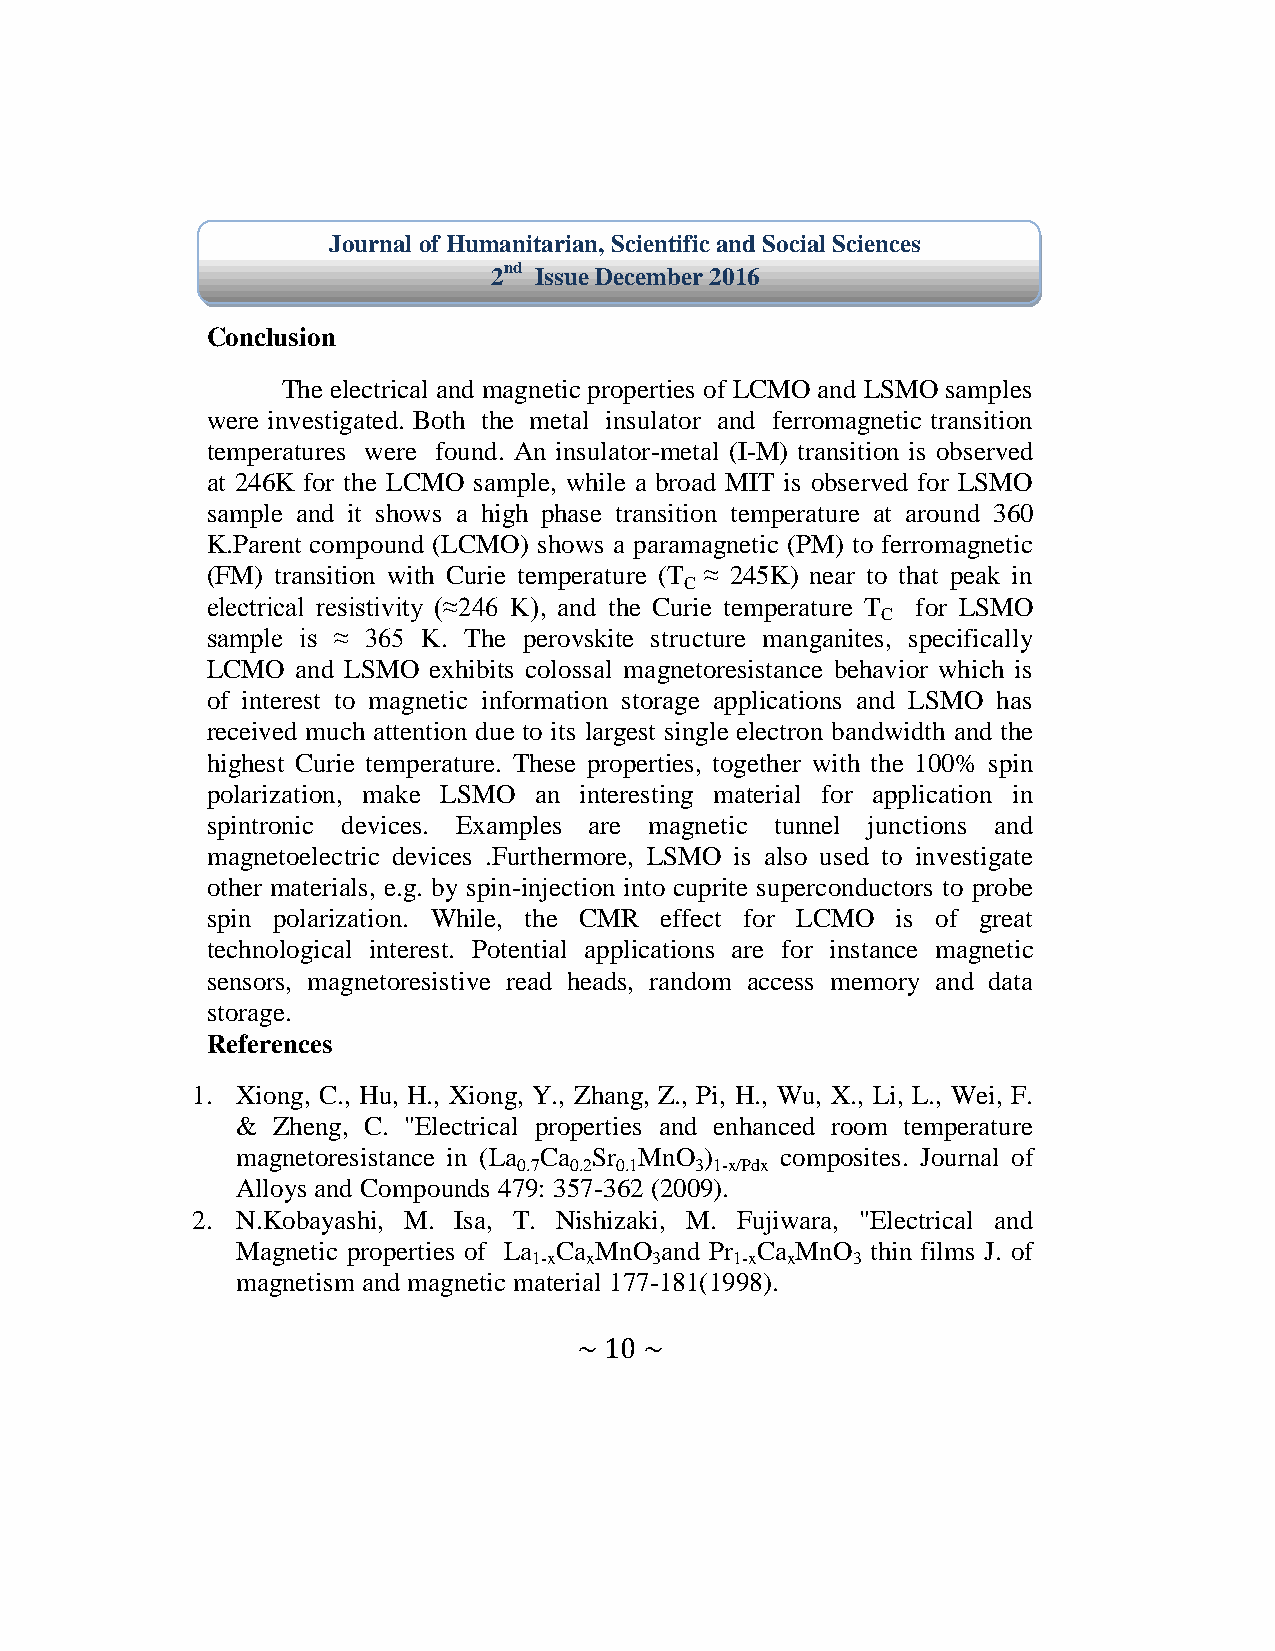
Journal of Humanitarian, Scientific and Social Sciences
 2nd Issue December 2016
 Conclusion
 The electrical and magnetic properties of LCMO and LSMO samples
 were investigated. Both the metal insulator and ferromagnetic transition
 temperatures were found. An insulator-metal (I-M) transition is observed
 at 246K for the LCMO sample, while a broad MIT is observed for LSMO
 sample and it shows a high phase transition temperature at around 360
 K.Parent compound (LCMO) shows a paramagnetic (PM) to ferromagnetic
 (FM) transition with Curie temperature (T ≈ 245K) near to that peak in
 C
 electrical resistivity (≈246 K), and the Curie temperature T for LSMO
 C
 sample is ≈ 365 K. The perovskite structure manganites, specifically
 LCMO  and LSMO exhibits colossal magnetoresistance behavior which is
 of interest to magnetic information storage applications and LSMO has
 received much attention due to its largest single electron bandwidth and the
 highest Curie temperature. These properties, together with the 100% spin
 polarization, make LSMO an interesting material for application in
 spintronic devices. Examples are magnetic tunnel junctions and
 magnetoelectric devices .Furthermore, LSMO is also used to investigate
 other materials, e.g. by spin-injection into cuprite superconductors to probe
 spin polarization. While, the CMR effect for LCMO is of great
 technological interest. Potential applications are for instance magnetic
 sensors, magnetoresistive read heads, random access memory and data
 storage.
 References
 1. Xiong, C., Hu, H., Xiong, Y., Zhang, Z., Pi, H., Wu, X., Li, L., Wei, F.
 & Zheng, C. "Electrical properties and enhanced room temperature
 magnetoresistance in (La Ca Sr MnO ) composites. Journal of
 0.7 0.2 0.1 3 1-x/Pdx
 Alloys and Compounds 479: 357-362 (2009).
 2. N.Kobayashi, M. Isa, T. Nishizaki, M. Fujiwara, "Electrical and
 Magnetic properties of La Ca MnO and Pr Ca MnO thin films J. of
 1-x x   3     1-x x  3
 magnetism and magnetic material 177-181(1998).
 ~ 10 ~